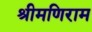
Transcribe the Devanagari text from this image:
श्रीमणिराम